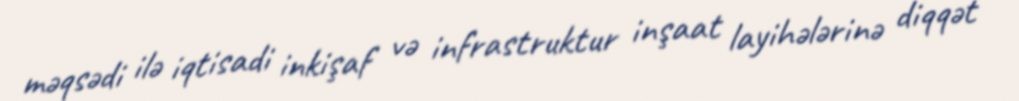
məqsədi ilə iqtisadi inkişaf və infrastruktur inşaat layihələrinə diqqət